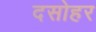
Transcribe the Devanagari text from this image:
दसोहर